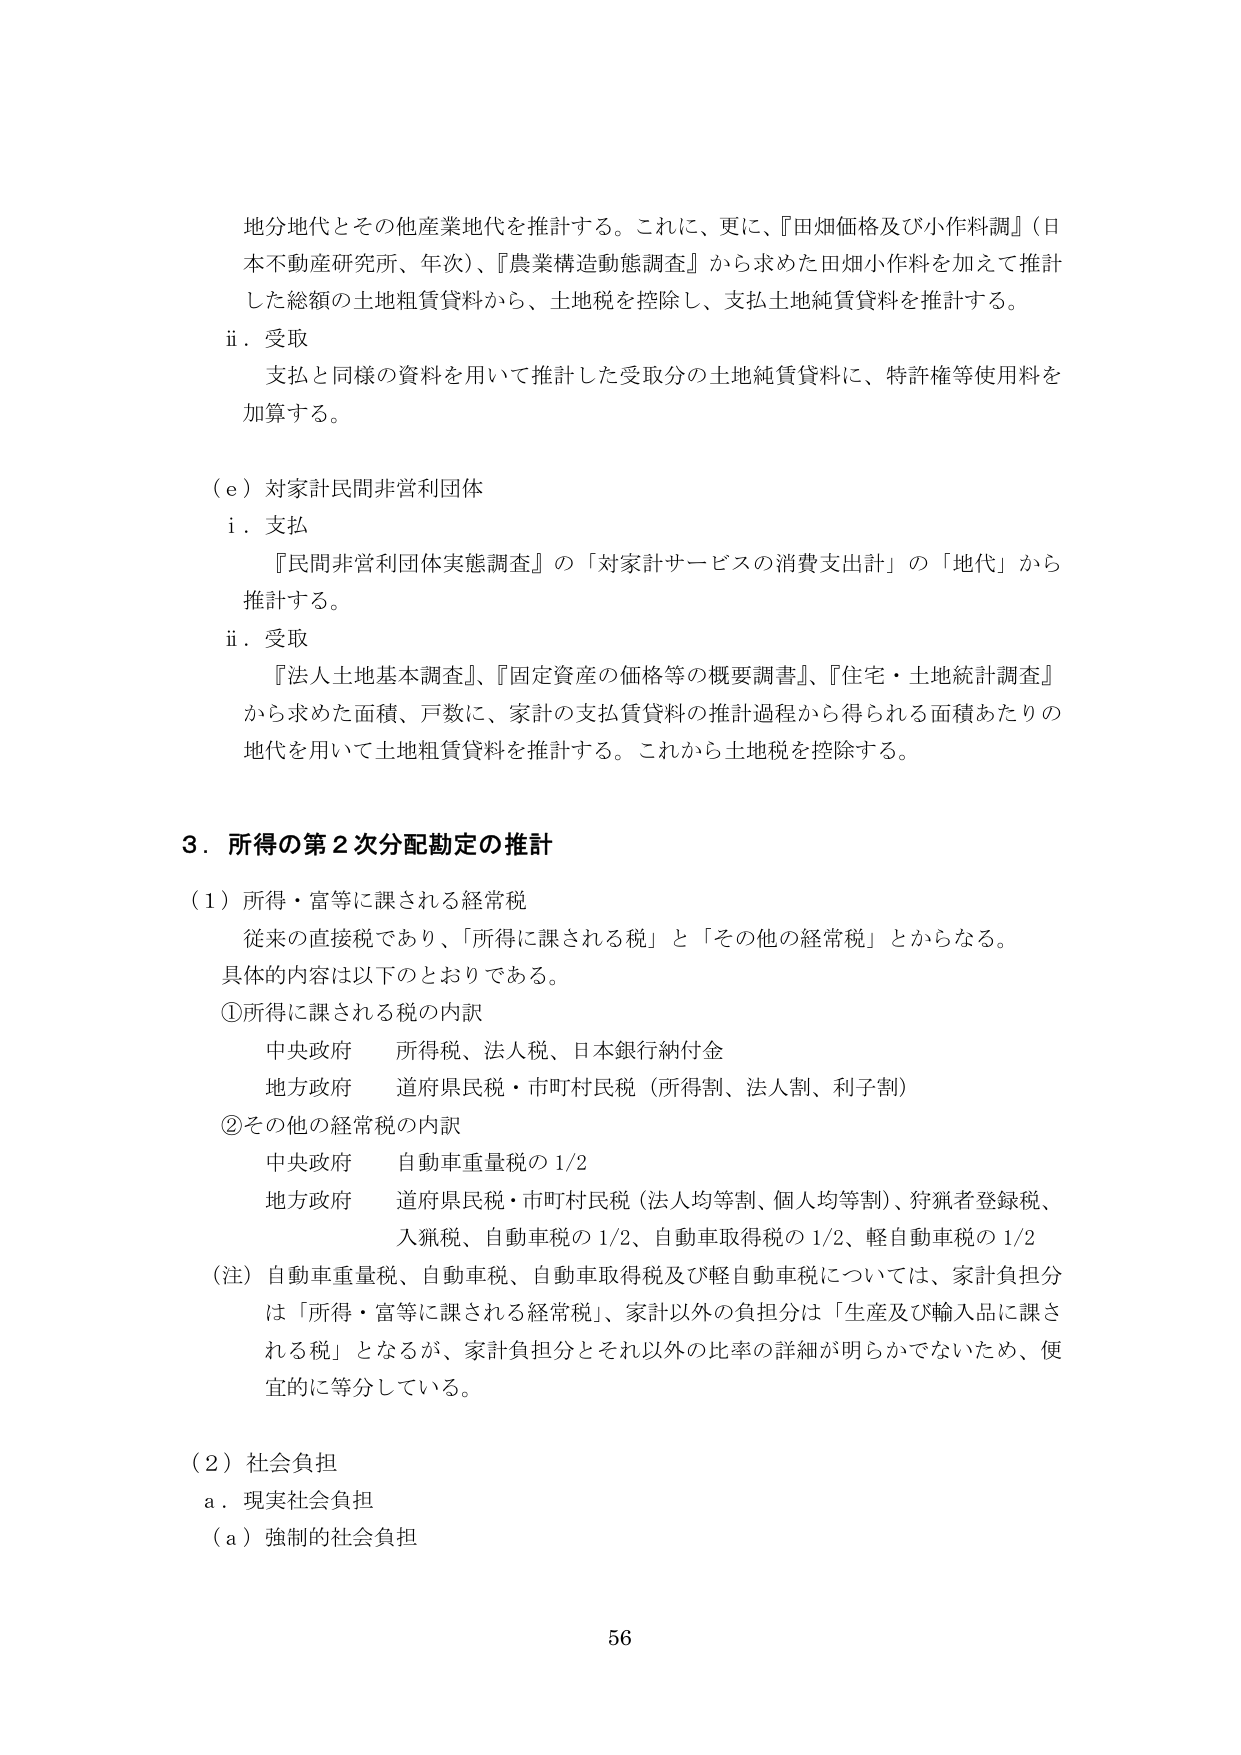
地分地代とその他産業地代を推計する。これに、更に、『田畑価格及び小作料調』（日本不動産研究所、年次）、『農業構造動態調査』から求めた田畑小作料を加えて推計した総額の土地粗賃貸料から、土地税を控除し、支払土地純賃貸料を推計する。

ii．受取
支払と同様の資料を用いて推計した受取分の土地純賃貸料に、特許権等使用料を加算する。

（e）対家計民間非営利団体
i．支払
『民間非営利団体実態調査』の「対家計サービスの消費支出計」の「地代」から推計する。

ii．受取
『法人土地基本調査』、『固定資産の価格等の概要調書』、『住宅・土地統計調査』から求めた面積、戸数に、家計の支払賃貸料の推計過程から得られる面積あたりの地代を用いて土地粗賃貸料を推計する。これから土地税を控除する。

3．所得の第2次分配勘定の推計

（1）所得・富等に課される経常税
従来の直接税であり、「所得に課される税」と「その他の経常税」とからなる。
具体的内容は以下のとおりである。

①所得に課される税の内訳
中央政府　所得税、法人税、日本銀行納付金
地方政府　道府県民税・市町村民税（所得割、法人割、利子割）

②その他の経常税の内訳
中央政府　自動車重量税の1/2
地方政府　道府県民税・市町村民税（法人均等割、個人均等割）、狩猟者登録税、入猟税、自動車税の1/2、自動車取得税の1/2、軽自動車税の1/2

（注）自動車重量税、自動車税、自動車取得税及び軽自動車税については、家計負担分は「所得・富等に課される経常税」、家計以外の負担分は「生産及び輸入品に課される税」となるが、家計負担分とそれ以外の比率の詳細が明らかでないため、便宜的に等分している。

（2）社会負担
a．現実社会負担
（a）強制的社会負担

56